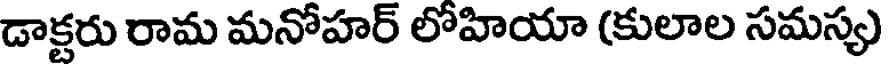
డాక్టరు రామ మనోహర్ లోహియా (కులాల సమస్య)